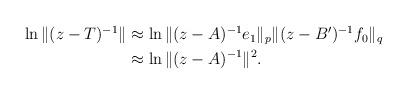
LaTeX: \begin{align*}\begin{aligned}\ln\|(z-T)^{-1}\|&\approx\ln\|(z-A)^{-1}e_1\|_p\|(z-B')^{-1}f_0\|_q\\&\approx\ln\|(z-A)^{-1}\|^2.\end{aligned}\end{align*}